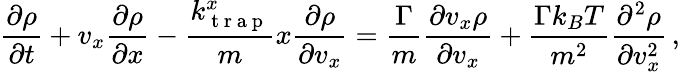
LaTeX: \frac{\partial\rho}{\partial t}+v_{x}\frac{\partial\rho}{\partial x}-\frac{k_{\mathrm{~t~r~a~p~}}^{x}}{m}x\frac{\partial\rho}{\partial v_{x}}=\frac{\Gamma}{m}\frac{\partial v_{x}\rho}{\partial v_{x}}+\frac{\Gamma k_{B}T}{m^{2}}\frac{\partial^{2}\rho}{\partial v_{x}^{2}}\, ,